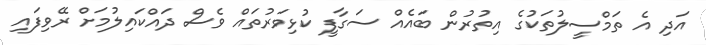
އަދި އެ ތަމްސީލުތަކުގެ އިތުރުން ބައެއް ސަގާފީ ކުޅިވަރުތައް ވެސް ދައްކައިލުމަށް ރޭވިފައި